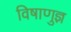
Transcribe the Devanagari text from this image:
विषाणुज्ञ